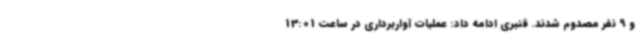
و 9 نفر مصدوم شدند. قنبری ادامه داد: عملیات آواربرداری در ساعت 13:01